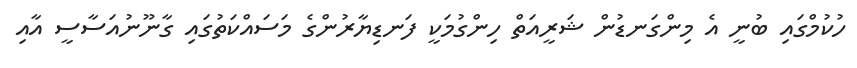
ހުކުމްގައި ބުނީ އެ މިންގަނޑުން ޝަރީއަތް ހިންގުމަކީ ފަނޑިޔާރުންގެ މަސައްކަތުގައި ގާނޫނުއަސާސީ އާއި